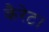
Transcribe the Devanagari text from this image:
कैरेट।